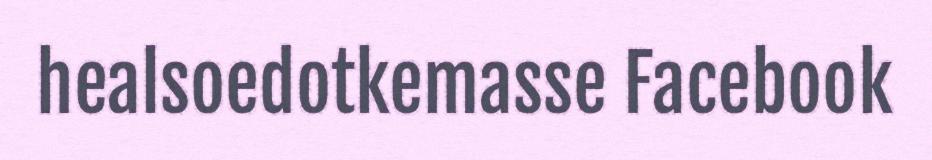
healsoedotkemasse Facebook